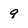
Character: 9